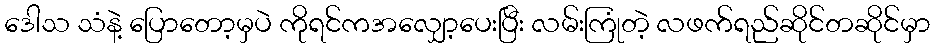
ဒေါသ သံနဲ့ ပြောတော့မှပဲ ကိုရင်ကအလျှော့ပေးပြီး လမ်းကြုံတဲ့ လဖက်ရည်ဆိုင်တဆိုင်မှာ